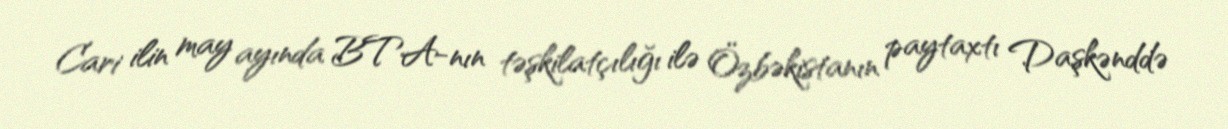
Cari ilin may ayında BTA-nın təşkilatçılığı ilə Özbəkistanın paytaxtı Daşkənddə